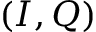
( I , Q )